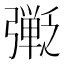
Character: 𫸿